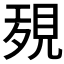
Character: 𧠱